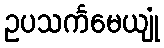
ဥပသင်္ကမေယျုံ